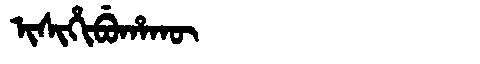
Manchu: ᡳᠰᡳᡥᡳᠪᡠᡥᠠᡴᡡ
Romanization: ISIHIBUHAKŪ